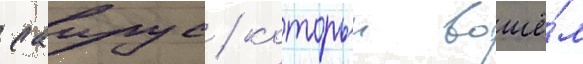
саирус / которыи вошё́л